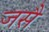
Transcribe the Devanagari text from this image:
जसै